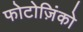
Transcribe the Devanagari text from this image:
फोटोज़िंको